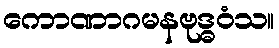
ကောဏာဂမနဗုဒ္ဓဝံသ။